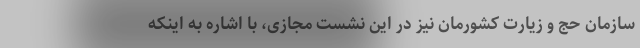
سازمان حج و زیارت کشورمان نیز در این نشست مجازی، با اشاره به اینکه